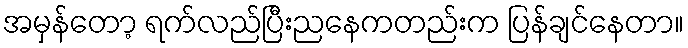
အမှန်တော့ ရက်လည်ပြီးညနေကတည်းက ပြန်ချင်နေတာ။